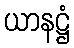
ယာနဋ္ဌံ